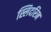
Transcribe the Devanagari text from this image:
स्लिदरिन